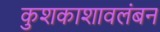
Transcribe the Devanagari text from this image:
कुशकाशावलंबन